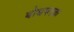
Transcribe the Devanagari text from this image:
बोधपरक